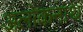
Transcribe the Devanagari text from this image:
अलोकनाथ